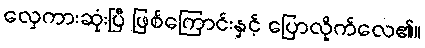
လှေကားဆုံးပြီ ဖြစ်ကြောင်းနှင့် ပြောလိုက်လေ၏။